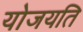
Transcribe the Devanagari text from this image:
योजयति